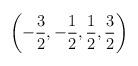
LaTeX: \begin{align*}\left( -\displaystyle\frac{3}{2},-\displaystyle\frac{1}{2},\displaystyle\frac{1}{2},\displaystyle\frac{3}{2}\right)\end{align*}